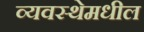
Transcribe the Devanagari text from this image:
व्यवस्थेमधील